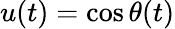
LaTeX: u(t)=\cos\theta(t)